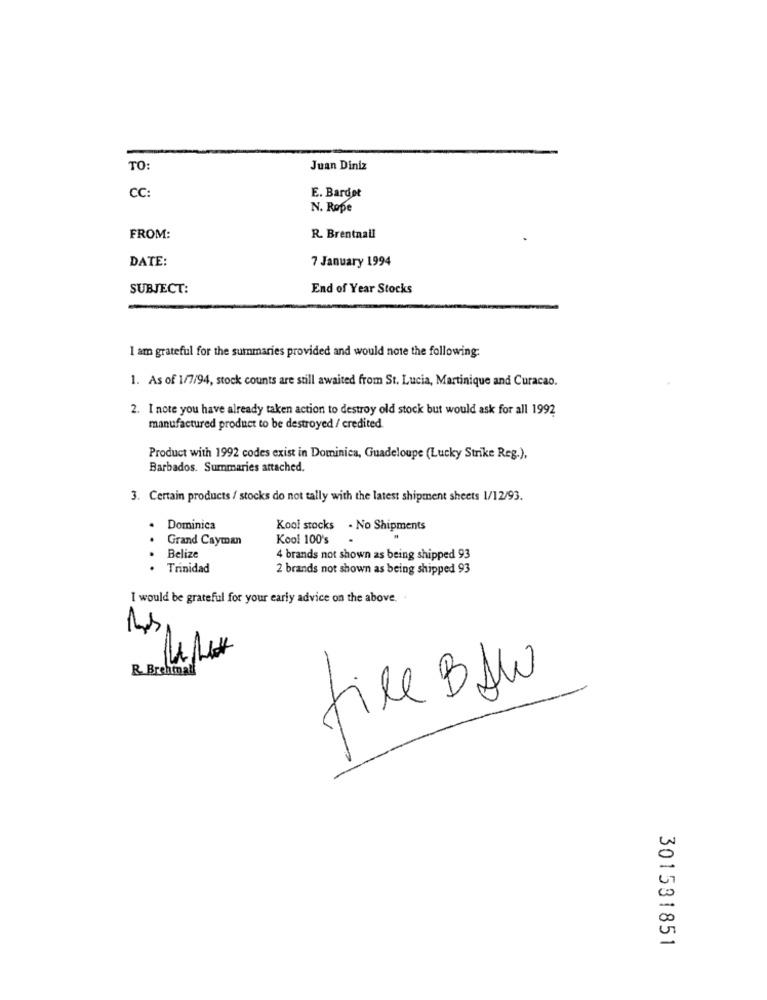
TO:
Juan Diniz
CC:
E. Bardet
N. Rope
FROM:
R. Brentnali
DATE:
7 January 1994
SUBJECT:
End of Year Stocks
I am grateful for the summaries provided and would note the following:
1. As of 1/7/94, stock counts are still awaited from St. Lucia, Martinique and Curacao.
2. I note you have already taken action to destroy old stock but would ask for all 1992
manufactured prodnet to be destroyed / credited
Product with 1992 codes exist in Dominica, Guadeloupe (Lucky Strike Reg.),
Barbados. Summaries attached.
3. Certain products / stocks do not tally with the latest shipment sheets 1/12/93.
.
Dominica
Kool stocks . No Shipments
Grand Cayman
Kool 100's
..
Belize
4 brands not shown as being shipped 93
Trinidad
2 brands not shown as being shipped 93
I would be grateful for your early advice on the above ..
Rs
R. Brehmall
file BAW
301531851